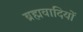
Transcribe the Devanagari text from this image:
ब्रह्मवादियों